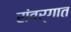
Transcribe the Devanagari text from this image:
संवर्गात